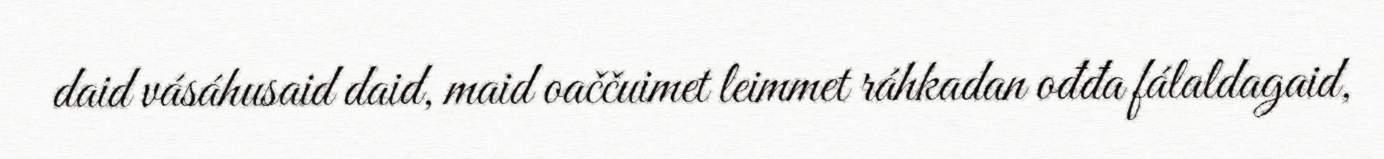
daid vásáhusaid daid, maid oaččuimet leimmet ráhkadan ođđa fálaldagaid,